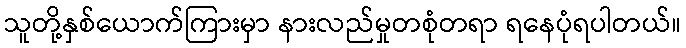
သူတို့နှစ်ယောက်ကြားမှာ နားလည်မှုတစုံတရာ ရနေပုံရပါတယ်။